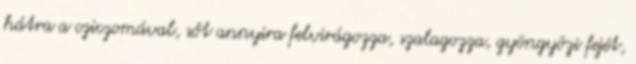
hátra a cziczomával, sőt annyira felvirágozza, szalagozza, gyöngyözi fejét,